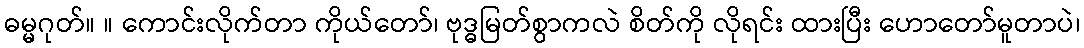
ဓမ္မဂုတ်။ ။ ကောင်းလိုက်တာ ကိုယ်တော်၊ ဗုဒ္ဓမြတ်စွာကလဲ စိတ်ကို လိုရင်း ထားပြီး ဟောတော်မူတာပဲ၊